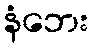
နံဘေး